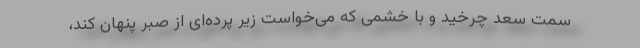
سمت سعد چرخید و با خشمی که می‌خواست زیر پرده‌ای از صبر پنهان کند،